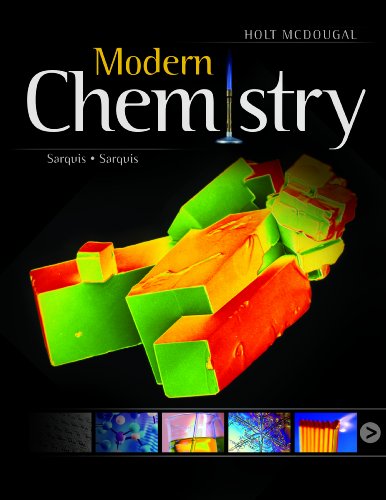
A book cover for Modern Chemistry: Student Edition 2012; Jerry L. Sarquis; Teen & Young Adult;